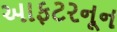
આફટરનૂન